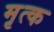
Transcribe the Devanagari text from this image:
मृत्क